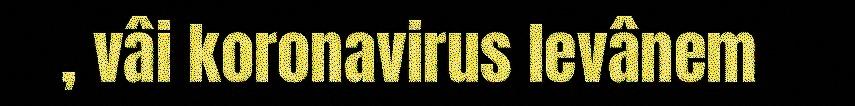
, vâi koronavirus levânem